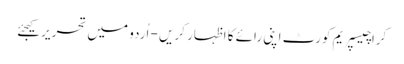
کراچیسپریم کورٹ اپنی رائے کا اظہار کریں - اُردو میں تحریر کیجئے